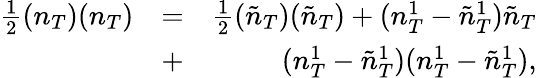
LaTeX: \begin{array}{rlr}{\frac{1}{2}(n_{T})(n_{T})}&{=}&{\frac{1}{2}(\tilde{n}_{T})(\tilde{n}_{T})+(n_{T}^{1}-\tilde{n}_{T}^{1})\tilde{n}_{T}}\\ &{+}&{(n_{T}^{1}-\tilde{n}_{T}^{1})(n_{T}^{1}-\tilde{n}_{T}^{1}),}\end{array}